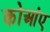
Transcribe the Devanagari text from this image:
कोआंए